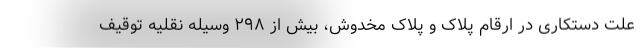
علت دستکاری در ارقام پلاک و پلاک مخدوش، بیش از ۲۹۸ وسیله نقلیه توقیف